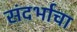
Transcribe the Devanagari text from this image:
संदर्भाचा